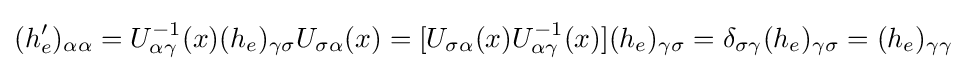
(h'_{e})_{\alpha \alpha }=U_{\alpha \gamma }^{-1}(x)(h_{e})_{\gamma \sigma }U_{\sigma \alpha }(x)=[U_{\sigma \alpha }(x)U_{\alpha \gamma }^{-1}(x)](h_{e})_{\gamma \sigma }=\delta _{\sigma \gamma }(h_{e})_{\gamma \sigma }=(h_{e})_{\gamma \gamma }